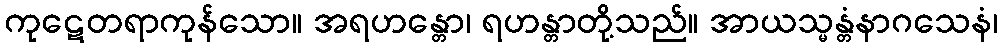
ကုဋေတရာကုန်သော။ အရဟန္တော၊ ရဟန္တာတို့သည်။ အာယသ္မန္တံနာဂသေနံ၊